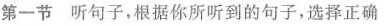
第一节 听句子，根据你所听到的句子，选择正确